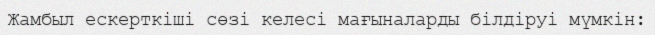
Жамбыл ескерткіші сөзі келесі мағыналарды білдіруі мүмкін: